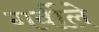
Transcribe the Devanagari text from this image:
गर्वीले